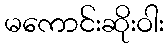
မကောင်းဆိုးဝါး